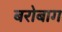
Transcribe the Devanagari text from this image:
बरोबाग